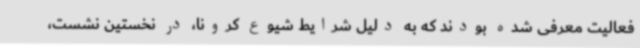
فعالیت معرفی شده بودند که به دلیل شرایط شیوع کرونا، در نخستین نشست،